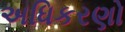
અધિકરણો